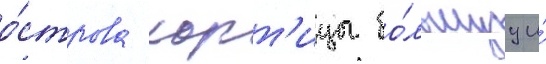
о́строва хорт'ицы бо́льшуу и́